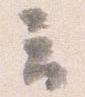
云